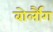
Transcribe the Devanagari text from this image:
बोर्लौग